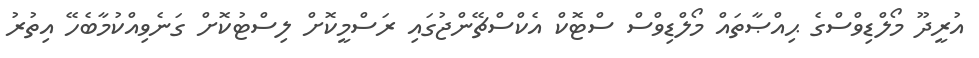
އުރީދޫ މޯލްޑިވްސްގެ ޙިއްޞާތައް މޯލްޑިވްސް ސްޓޮކް އެކްސްޗޭންޖުގައި ރަސްމީކޮށް ލިސްޓުކޮށް ގަނެވިއްކުމާބެހޭ އިތުރު